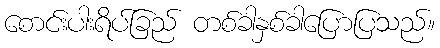
စောင်းပါးရိပ်ခြည် တစ်ခါနှစ်ခါပြောပြသည်။